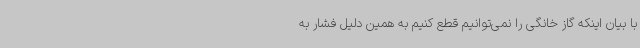
با بیان اینکه گاز خانگی را نمی‌توانیم قطع کنیم به همین دلیل فشار به